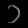
Digit: ၁